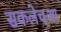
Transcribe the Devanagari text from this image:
सकलेच्आ